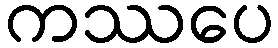
ကဿပေ